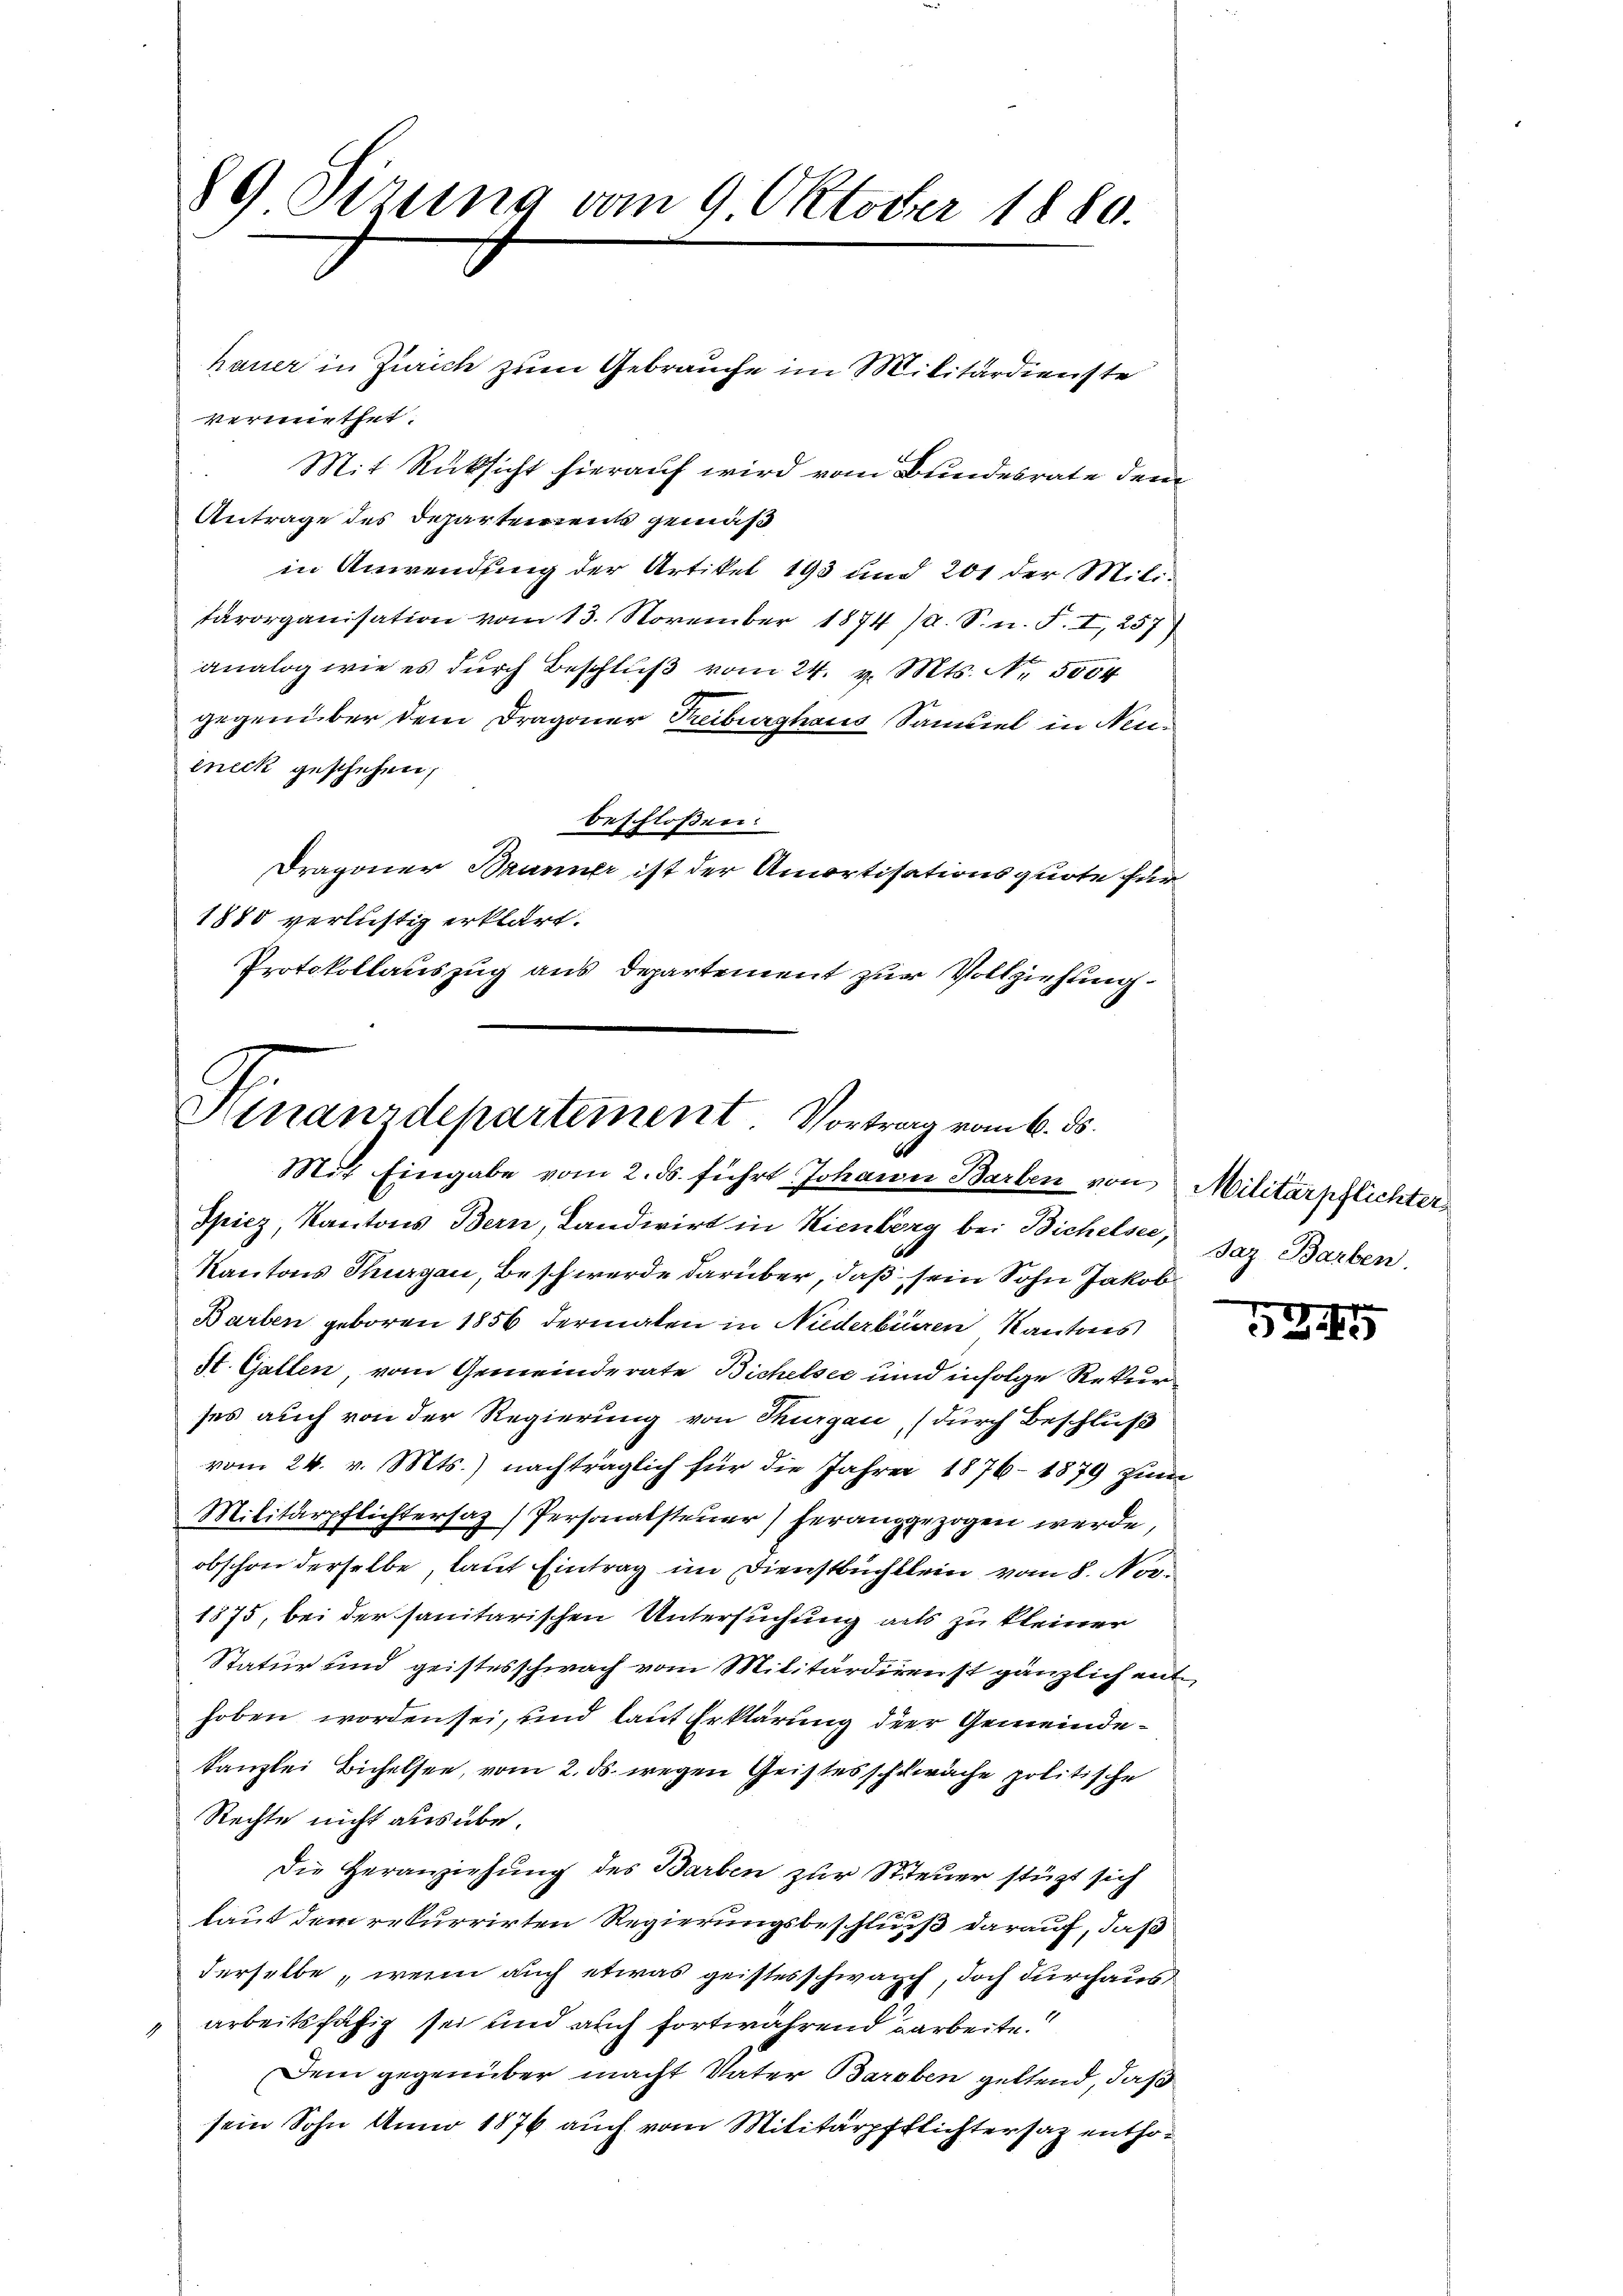
89 Sizung vom 9. Oktober 1880.

hauer in Zürich zum Gebrauche im Militärdienste
vermiethet.
Mit Rücksicht hierauf wird vom Bundesrate dem
Antrage des Departement gemäß
in Anwendung der Artikel 193 und 201 der Militärorganisation vom 13. November 1874 /A. S. n. F. I, 257
analog wie es dŭrch Beschlŭβ vom 24. v. Mts. Nr. 5004
gegenüber dem Dragoner Treiburghaus Saniel in Neueneck geschehen,
beschlossen:
Dragoner Brunner ist der Amortisationsquote der
1888 verlistig erklärt.
Protokollauszug aus Departement zur Vollziehung

Hinanzdepartement. Vortrag vom 6. ds.
6
Mit Eingabe vom 2. ds. führt Johann Barben von Militärpflichter

Spiez, Kantons Bern, Landwirt in Kienberg bei Bichelsee,
Kantons Thurgau, Beschwerde darüber, daß sein Sohn Jakob
Barben geboren 1856 dermalen in Niederbieren Kantons
St. Gallen, vom Gemeinderate Bichelsee und infolge Rekurses auch von der Regierung von Thurgau (durch Beschluß
vom 24. v. Mts.) nachträglich für die Jahre 1876-1879 zum
Militärpflichtersaz (Personalsteuer) heranggezogen werde,
obschon derselbe, laut Eintrag im Dienstbuchklein vom 8. Nov.
1875, bei der sanitarischen Untersuchung alls zu kleiner
Statur und geistesschwach vom Militärdirenst gänzlich enthoben worden sei, und laut Erklärung der Gemeindekanzlei Bichelsee, vom 2. ds. wegen Geistes schwäche politische
Rechte nicht ausübe.
Die Heranziehung des Barben zur Steuer stürzt sich
laut dem rekurrirten Regierungsbeschluß darauf, daß
derselbe, wenn auch etwas geistesschwach, doch durchaus
 arbeitsfähig sei und auch fortwährend darbeite.
Dem gegenüber macht Vater Baroben geltend, daß
sein Sohn Anno 1876 auch vom Militärpflichtersaz entho¬

Jar Barben.

.
e
5245